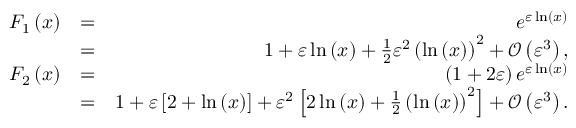
\begin{array} { r l r } { F _ { 1 } \left( x \right) } & { = } & { e ^ { \varepsilon \ln \left( x \right) } } \\ & { = } & { 1 + \varepsilon \ln \left( x \right) + \frac { 1 } { 2 } \varepsilon ^ { 2 } \left( \ln \left( x \right) \right) ^ { 2 } + { \mathcal O } \left( \varepsilon ^ { 3 } \right) , } \\ { F _ { 2 } \left( x \right) } & { = } & { \left( 1 + 2 \varepsilon \right) e ^ { \varepsilon \ln \left( x \right) } } \\ & { = } & { 1 + \varepsilon \left[ 2 + \ln \left( x \right) \right] + \varepsilon ^ { 2 } \left[ 2 \ln \left( x \right) + \frac { 1 } { 2 } \left( \ln \left( x \right) \right) ^ { 2 } \right] + { \mathcal O } \left( \varepsilon ^ { 3 } \right) . } \end{array}